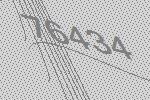
76434